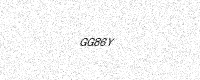
Text: GG86Y